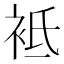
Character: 袛